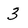
Character: 3